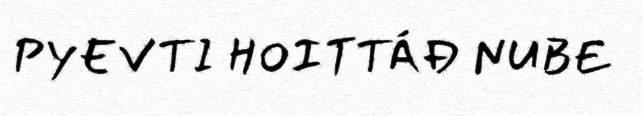
PYEVTI HOITTÁĐ NUBE